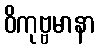
ဝိကုဗ္ဗမာနာ